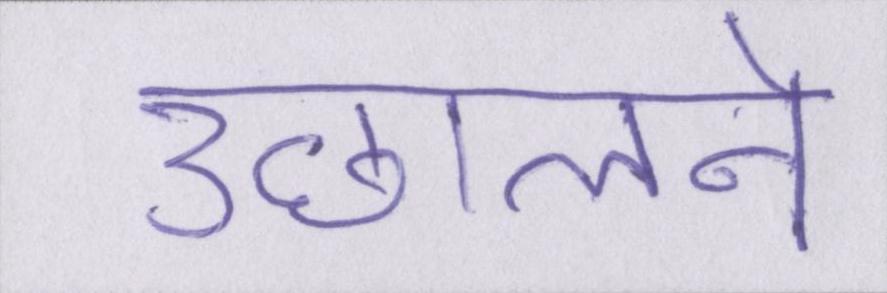
उछालने